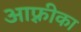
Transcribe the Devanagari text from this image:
आफ़्रीका